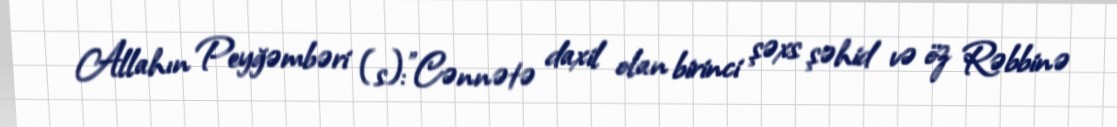
Allahın Peyğəmbəri (s):"Cənnətə daxil olan birinci şəxs şəhid və öz Rəbbinə